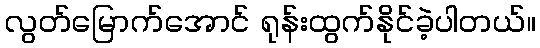
လွတ်မြောက်အောင် ရုန်းထွက်နိုင်ခဲ့ပါတယ်။